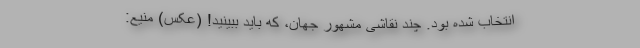
انتخاب شده بود. چند نقاشی مشهور جهان، که باید ببینید! (عکس) منیع: